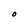
Character: O